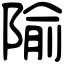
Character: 隃